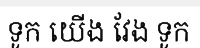
ទូក យើង វែង ទូក